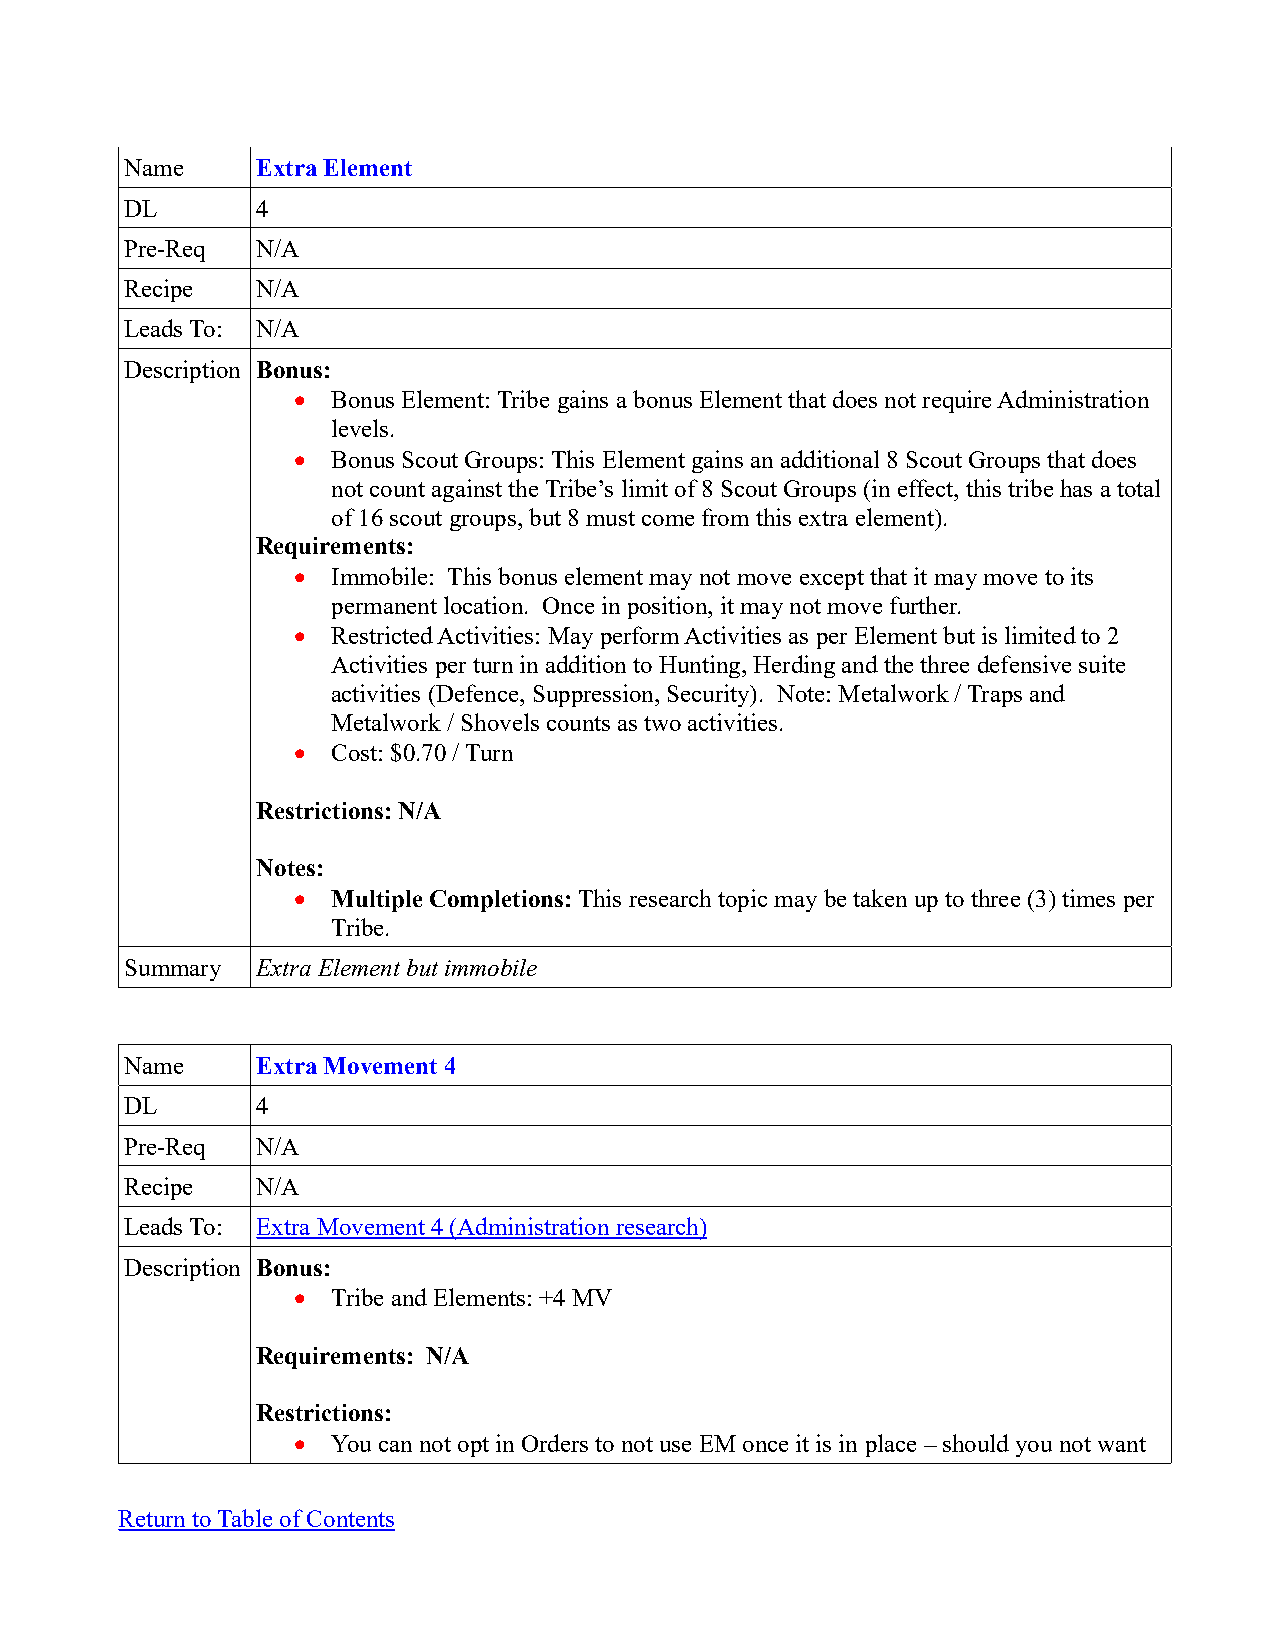
Name     Extra Element
 DL       4
 Pre-Req  N/A
 Recipe   N/A
 Leads To: N/A
 Description Bonus:
   Bonus Element: Tribe gains a bonus Element that does not require Administration
 levels.
   Bonus Scout Groups: This Element gains an additional 8 Scout Groups that does
 not count against the Tribe’s limit of 8 Scout Groups (in effect, this tribe has a total
 of 16 scout groups, but 8 must come from this extra element).
 Requirements:
   Immobile: This bonus element may not move except that it may move to its
 permanent location. Once in position, it may not move further.
   Restricted Activities: May perform Activities as per Element but is limited to 2
 Activities per turn in addition to Hunting, Herding and the three defensive suite
 activities (Defence, Suppression, Security). Note: Metalwork / Traps and
 Metalwork / Shovels counts as two activities.
   Cost: $0.70 / Turn
 Restrictions: N/A
 Notes:
   Multiple Completions: This research topic may be taken up to three (3) times per
 Tribe.
 Summary  Extra Element but immobile
 Name     Extra Movement 4
 DL       4
 Pre-Req  N/A
 Recipe   N/A
 Leads To: Extra Movement 4 (Administration research)
 Description Bonus:
   Tribe and Elements: +4 MV
 Requirements: N/A
 Restrictions:
   You can not opt in Orders to not use EM once it is in place – should you not want
 Return to Table of Contents